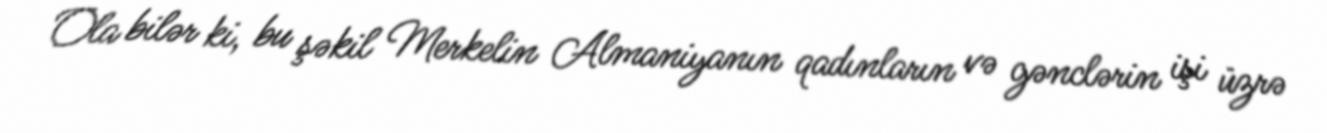
Ola bilər ki, bu şəkil Merkelin Almaniyanın qadınların və gənclərin işi üzrə